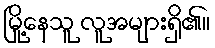
မြို့နေသူ လူအများရှိ၏။